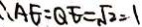
\therefore A E = Q E = \sqrt { 2 } = 1